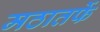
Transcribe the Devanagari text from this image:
मठातर्फे